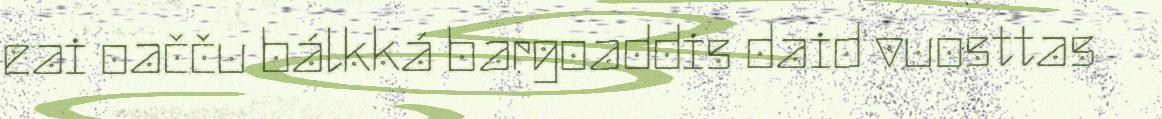
eai oačču bálkká bargoaddis daid vuosttas